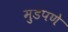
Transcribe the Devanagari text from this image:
मुडपणे